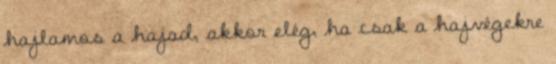
hajlamos a hajad, akkor elég, ha csak a hajvégekre